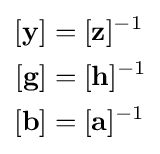
{\begin{aligned}\left[\mathbf {y} \right]&=[\mathbf {z} ]^{-1}\\\left[\mathbf {g} \right]&=[\mathbf {h} ]^{-1}\\\left[\mathbf {b} \right]&=[\mathbf {a} ]^{-1}\end{aligned}}